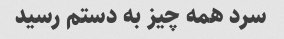
سرد همه چیز به دستم رسید